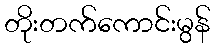
တိုးတက်ကောင်းမွန်